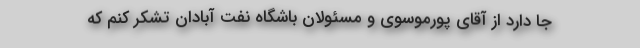
جا دارد از آقای پورموسوی و مسئولان باشگاه نفت آبادان تشکر کنم که